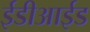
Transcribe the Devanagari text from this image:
ईडीआईड